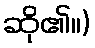
ဆို၏။)